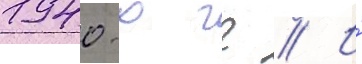
1940-х гг // И́